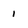
Character: 1